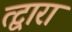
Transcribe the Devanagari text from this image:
त्द्वारा